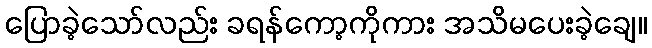
ပြောခဲ့သော်လည်း ခရန်ကော့ကိုကား အသိမပေးခဲ့ချေ။